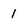
Character: 1